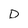
Character: D